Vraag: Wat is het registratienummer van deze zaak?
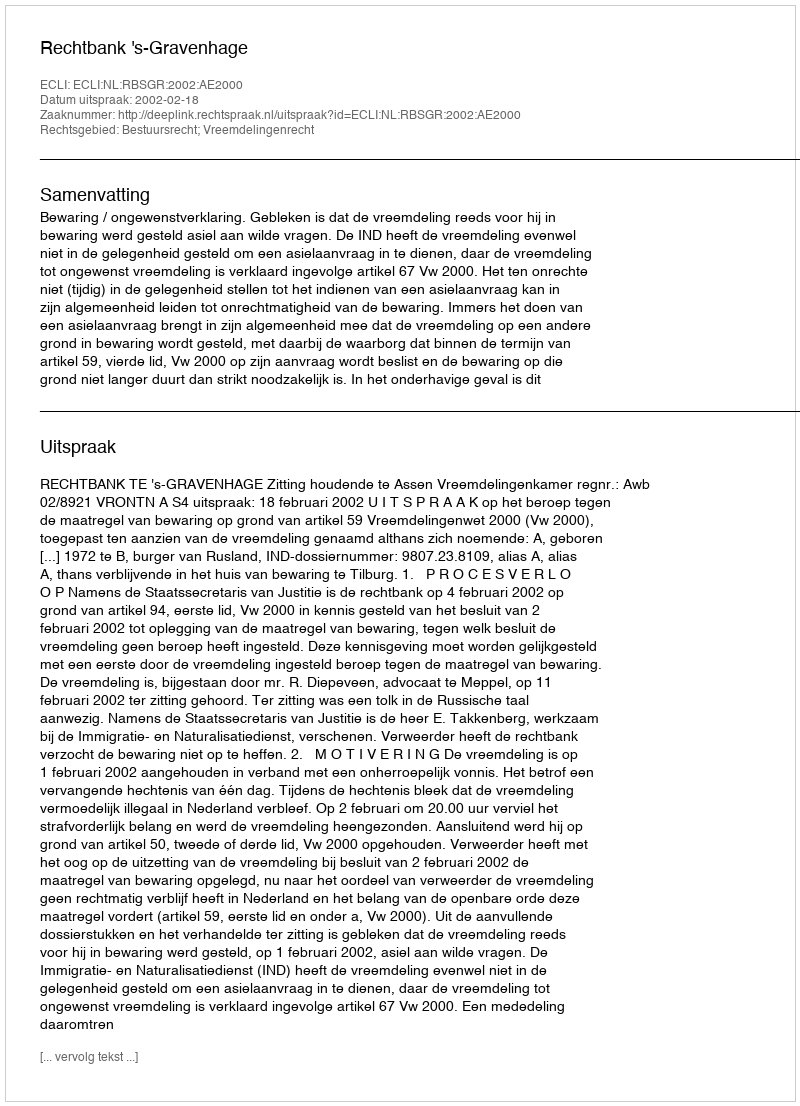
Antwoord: http://deeplink.rechtspraak.nl/uitspraak?id=ECLI:NL:RBSGR:2002:AE2000